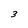
Character: 3